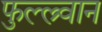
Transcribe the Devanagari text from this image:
फुल्ल्र्वान